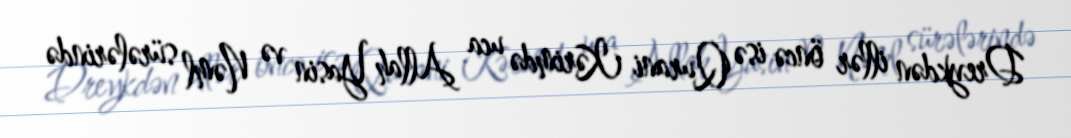
Dreykdən illər öncə isə Qurani Kərimdə uca Allah Yasin və Nəml sürələrində